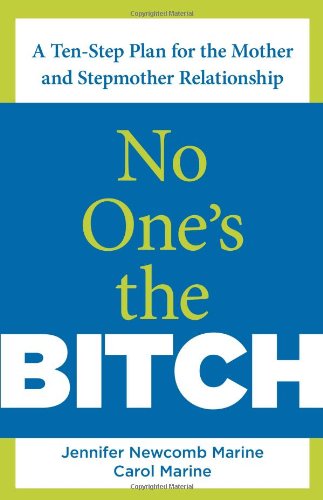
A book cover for No One's the Bitch: A Ten-Step Plan For The Mother And Stepmother Relationship; Jennifer Newcomb Marine; Parenting & Relationships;